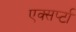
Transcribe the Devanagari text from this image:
एक्सर्प्टा